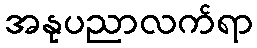
အနုပညာလက်ရာ